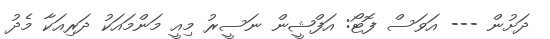
ދަށުން --- އަވަސް ފޮޓޯ: އަފްޝީން ނަސީރު މިއީ މަންމައަކު ދަރިއަކާ މެދު